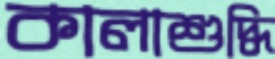
কালাশুদ্ধি